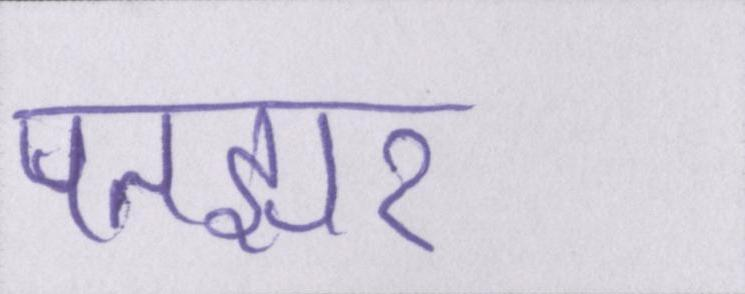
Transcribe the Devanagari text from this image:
पतझर